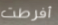
أفرطت